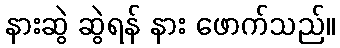
နားဆွဲ ဆွဲရန် နား ဖောက်သည်။